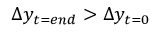
\Delta y _ { t = e n d } > \Delta y _ { t = 0 }